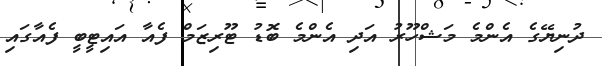
ދުނިޔޭގެ އެންމެ މަޝްހޫރު އަދި އެންމެ ބޮޑު ޓޫރިޒަމް ފެއާ އައިޓީބީ ފެއާގައި